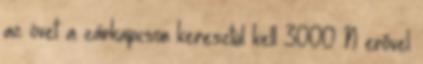
az övet a zárkapcson keresztül kell 3000 N erõvel